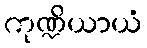
ကုဏ္ဍိယာယံ